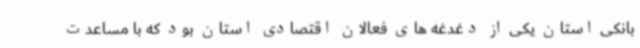
بانکی استان یکی از دغدغه های فعالان اقتصادی استان بود که با مساعدت